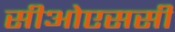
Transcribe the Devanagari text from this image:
सीओएससी